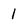
Character: 1